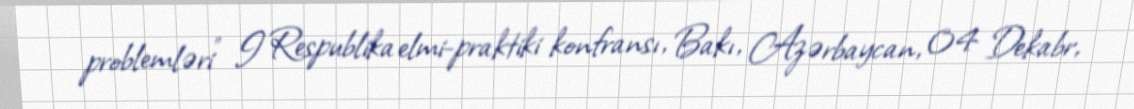
problemləri" I Respublika elmi-praktiki konfransı, Bakı, Azərbaycan, 04 Dekabr,